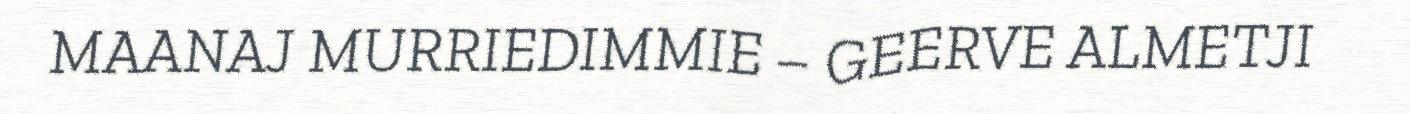
MAANAJ MURRIEDIMMIE – GEERVE ALMETJI